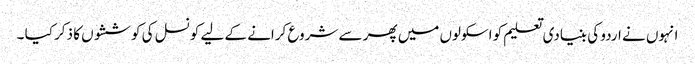
انہوں نے اردو کی بنیادی تعلیم کو اسکولوں میں پھر سے شروع کرانے کے لیے کونسل کی کوششوں کا ذکر کیا ۔